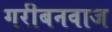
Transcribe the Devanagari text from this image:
गरीबनवाज